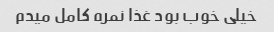
خیلی خوب بود غذا نمره کامل میدم